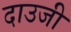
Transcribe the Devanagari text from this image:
दाउजी